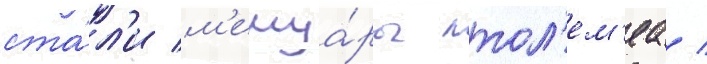
ста́л'и м'емуа́ры птол'ем'еа /